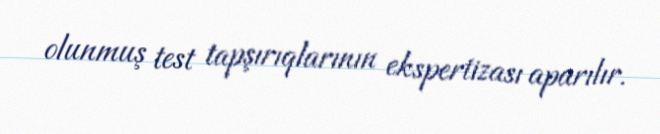
olunmuş test tapşırıqlarının ekspertizası aparılır.